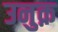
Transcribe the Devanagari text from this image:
उनुक़